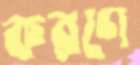
করণে